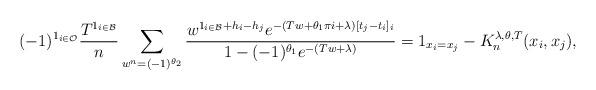
LaTeX: \begin{align*}(-1)^{ \mathrm{1}_{i \in \mathcal{O}} } \frac{T^{\mathrm{1}_{i \in \mathcal{B}}} }{n} \sum_{ w^n = (-1)^{\theta_2}} \frac{ w^{ \mathrm{1}_{i \in \mathcal{B}} +h_i-h_j} e^{ - (Tw+\theta_1 \pi i+ \lambda)[t_j - t_i]_i } }{ 1 - (-1)^{\theta_1} e^{-(Tw+\lambda) } } = \mathrm{1}_{x_i = x_j } - K_n^{\lambda,\theta,T}(x_i,x_j),\end{align*}